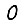
Digit: 0